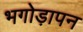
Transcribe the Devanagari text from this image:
भगोड़ापन